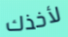
لأخذك